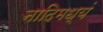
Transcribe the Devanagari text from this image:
नादिमध्यं